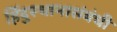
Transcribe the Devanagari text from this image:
हिंदुस्थानासंबंधी